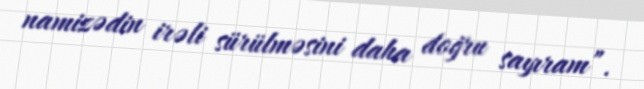
namizədin irəli sürülməsini daha doğru sayıram”.